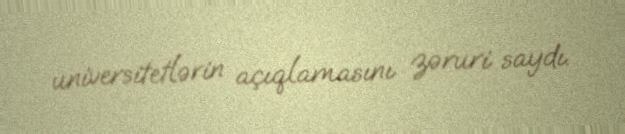
universitetlərin açıqlamasını zəruri saydı.